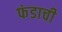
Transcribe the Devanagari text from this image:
फंडाची